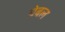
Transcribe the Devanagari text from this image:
ग्रेबल